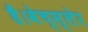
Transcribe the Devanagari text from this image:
हैं।वेच्स्लेर